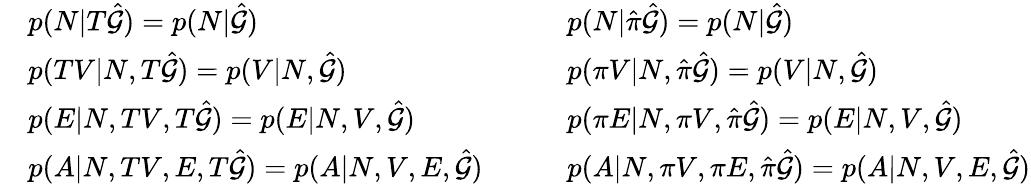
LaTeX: \begin{array}{rlrl}&{p(N|T\hat{\mathcal{G}})=p(N|\hat{\mathcal{G}})}&&{p(N|\hat{\pi}\hat{\mathcal{G}})=p(N|\hat{\mathcal{G}})}\\ &{p(TV|N,T\hat{\mathcal{G}})=p(V|N,\hat{\mathcal{G}})}&&{p(\pi V|N,\hat{\pi}\hat{\mathcal{G}})=p(V|N,\hat{\mathcal{G}})}\\ &{p(E|N,TV,T\hat{\mathcal{G}})=p(E|N,V,\hat{\mathcal{G}})}&&{p(\pi E|N,\pi V,\hat{\pi}\hat{\mathcal{G}})=p(E|N,V,\hat{\mathcal{G}})}\\ &{p(A|N,TV,E,T\hat{\mathcal{G}})=p(A|N,V,E,\hat{\mathcal{G}})\quad}&&{p(A|N,\pi V,\pi E,\hat{\pi}\hat{\mathcal{G}})=p(A|N,V,E,\hat{\mathcal{G}})}\end{array}